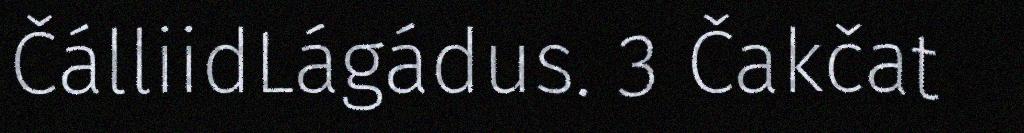
ČálliidLágádus. 3 Čakčat